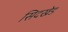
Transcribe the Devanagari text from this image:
सिदखेड